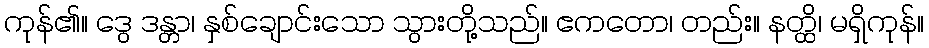
ကုန်၏။ ဒွေ ဒန္တာ၊ နှစ်ချောင်းသော သွားတို့သည်။ ဧကတော၊ တည်း။ နတ္ထိ၊ မရှိကုန်။